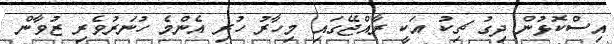
އިސްކޮޅުން ދިގު ޗިކު އަކީ ރާއްޖޭގައި މިހާރު ހުރި އެންމެ ހުނަރުވެރި ޒުވާން